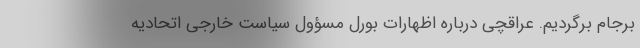
برجام برگردیم. عراقچی درباره اظهارات بورل مسؤول سیاست خارجی اتحادیه